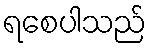
ရစေပါသည်